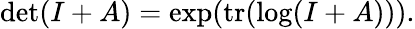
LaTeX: \operatorname*{det}(I+A)=\exp(\operatorname{tr}(\log(I+A))).